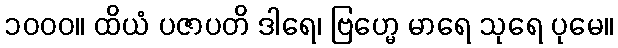
၁၀၀၀။ ထိယံ ပဇာပတိ ဒါရေ၊ ဗြဟ္မေ မာရေ သုရေ ပုမေ။